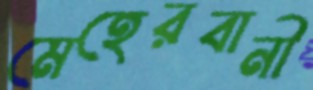
মেহেরবানী